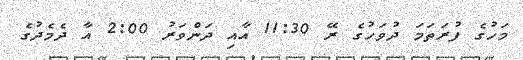
މަހުގެ ފުރަތަމަ ދުވަހުގެ ރޭ 11:30 އާއި ދަންވަރު 2:00 އާ ދެމެދުގެ